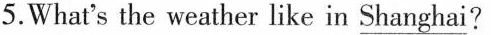
5.What's the weather like in\underline{ Shanghai}?